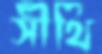
সীঁথি